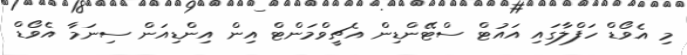
މި އެވޯޑް ހަފްލާގައި އައުޓް ސްޓޭންޑިން އެޗީވްމަންޓް އިން އިންޑިއަން ސިނަމާ އެވޯޑް